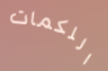
اللكمات